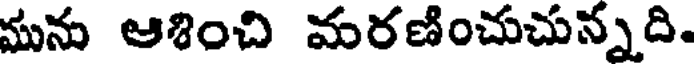
మను ఆశించి మరణించుచున్నది.